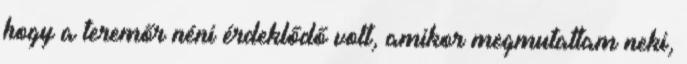
hogy a teremőr néni érdeklődő volt, amikor megmutattam neki,